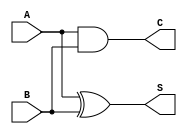
module threshold_half_adder (
    input wire A,  // First single-bit input
    input wire B,  // Second single-bit input
    output wire S, // Sum output
    output wire C  // Carry output
);

// Sum output using XOR operation
assign S = A ^ B;  // S is high if A and B are odd (1 input is high)

// Carry output using AND operation
assign C = A & B;  // C is high if both A and B are high

endmodule